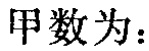
甲数为：